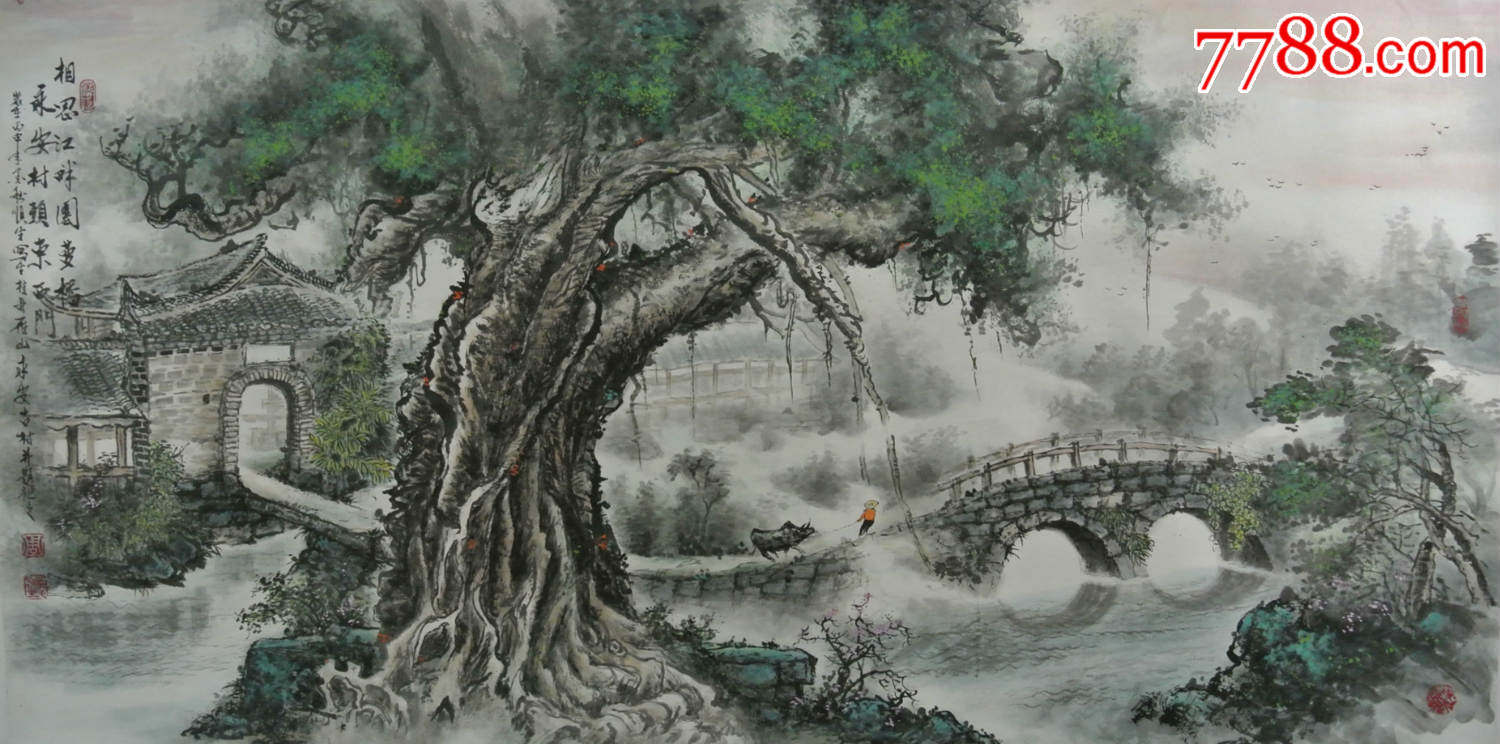
算遗踪犹有枕囊留，相思物。